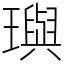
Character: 璵